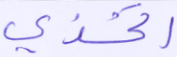
اتخذي